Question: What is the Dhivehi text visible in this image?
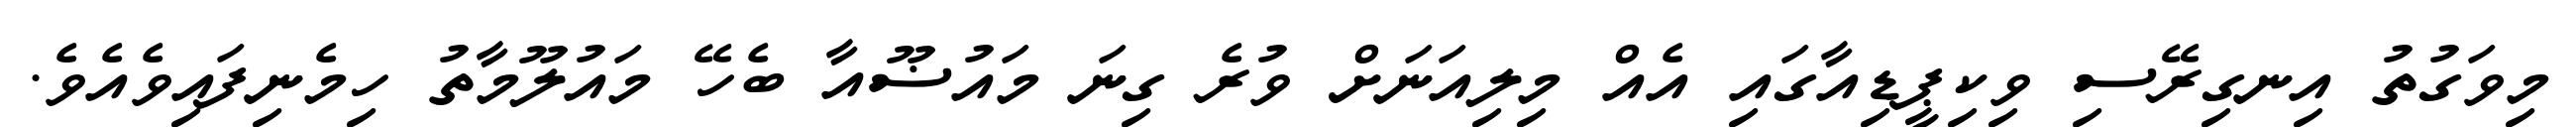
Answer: މިވަގުތު އިނގިރޭސި ވިކިޕީޑިއާގައި އެއް މިލިއަނަށް ވުރެ ގިނަ މައުޟޫއާ ބެހޭ މައުލޫމާތު ހިމެނިފައިވެއެވެ.